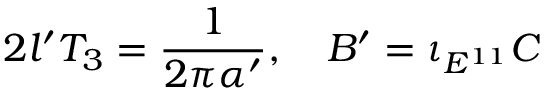
2 l ^ { \prime } T _ { 3 } = { \frac { 1 } { 2 \pi \alpha ^ { \prime } } } , \quad B ^ { \prime } = \iota _ { E ^ { 1 1 } } C